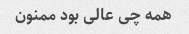
همه چی عالی بود ممنون